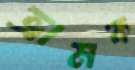
ভ্রামক